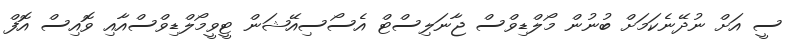
ސީ އަށް ނުދޭނެކަމަށް ބުނުން މޯލްޑިވްސް ޖާނަލިސްޓް އެސޯސިއޭޝަން ޓީވީމޯލްޑިވްސްއާއި ވޮއިސް އޮފް